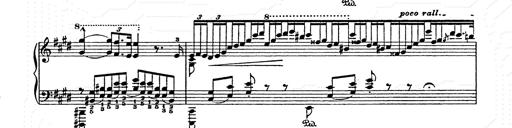
Title: AnnÃ©es de pÃ¨lerinage II
Composer: Franz Liszt